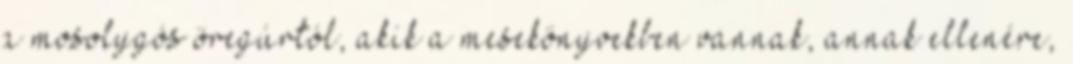
a mosolygós öregúrtól, akik a mesekönyvekben vannak, annak ellenére,